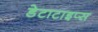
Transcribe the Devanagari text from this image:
डेटाटाइप्स